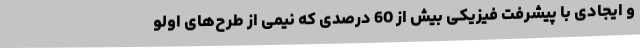
و ایجادی با پیشرفت فیزیکی بیش از 60 درصدی که نیمی از طرح‌های اولو